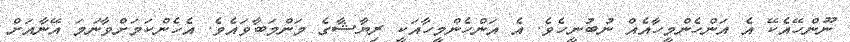
ނޫންހޭއެކޭ އެ އަންހެންމީހާއެއް ނުބުނީހެވެ. އެ އަންހެންމީހާއަކީ ރިޔާޝާގެ މަންމަބާވައެވެ. އެހެންކަމަށްވާނަމަ އޭނާއަށް